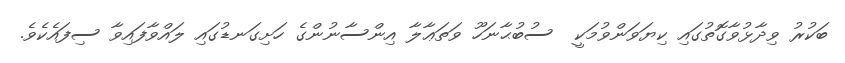
ބަކުރު ވިދާޅުވާގޮތުގައި ކިޔަވަންވުމަކީ  ސުބުޙާނަހޫ ވަތަޢާލާ އިންސާނުންގެ ހަށިގަނޑުގައި ލައްވާފައިވާ ސިފައެކެވެ.